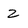
Character: 2